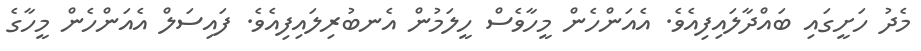
މެދު ހަށީގައި ބައްދާލައިފިއެވެ. އެއަންހެން މީހާވެސް ހީލަމުން އެނބުރިލައިފިއެވެ. ފައިސަލް އެއަންހެން މީހާގެ